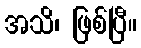
အသိ၊ ဖြစ်ပြီ။